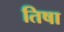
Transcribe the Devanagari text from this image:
तिषा